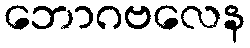
ဘောဂဗလေန